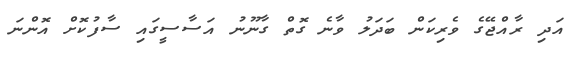
އަދި ރާއްޖޭގެ ވެރިކަން ބަދަލު ވާނެ ގޮތް ގާނޫނު އަސާސީގައި ސާފުކޮށް އޮންނަ